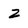
Character: Z